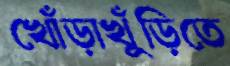
খোঁড়াখুঁড়িতে